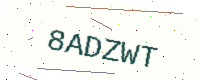
Text: 8ADZWT